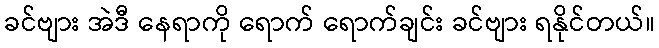
ခင်ဗျား အဲဒီ နေရာကို ရောက် ရောက်ချင်း ခင်ဗျား ရနိုင်တယ်။